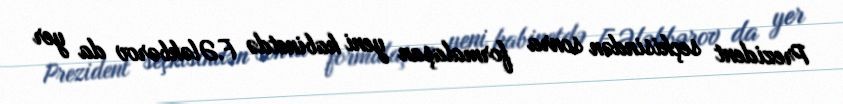
Prezident seçkisindən sonra formalaşan yeni kabinetdə F.Ələkbərov da yer